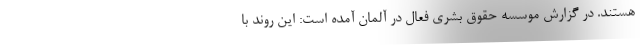
هستند. در گزارش موسسه حقوق بشری فعال در آلمان آمده است: این روند با